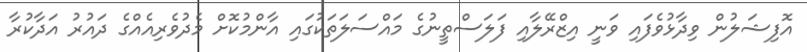
އޮފިޝަލުން ވިދާޅުވެފައި ވަނީ އިޒްރޭލާއި ފަލަސްތީނުގެ މައްސަލަތަކުގައި އާންމުކޮށް މެދުވެރިއެއްގެ ދައުރު އަދާކުރާ